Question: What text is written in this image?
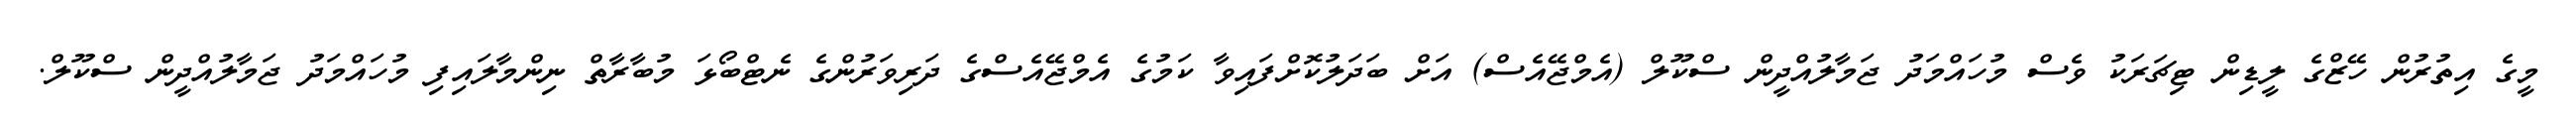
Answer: މީގެ އިތުރުން ހޭޒްގެ ލީޑިން ޓިޗަރަކު ވެސް މުހައްމަދު ޖަމާލުއްދީން ސްކޫލް (އެމްޖޭއެސް) އަށް ބަދަލުކޮށްފައިވާ ކަމުގެ އެމްޖޭއެސްގެ ދަރިވަރުންގެ ނެޓްބޯޅަ މުބާރާތް ނިންމާލައިފި މުހައްމަދު ޖަމާލުއްދީން ސްކޫލް.